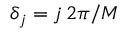
\delta _ { j } = j \, 2 \pi / M